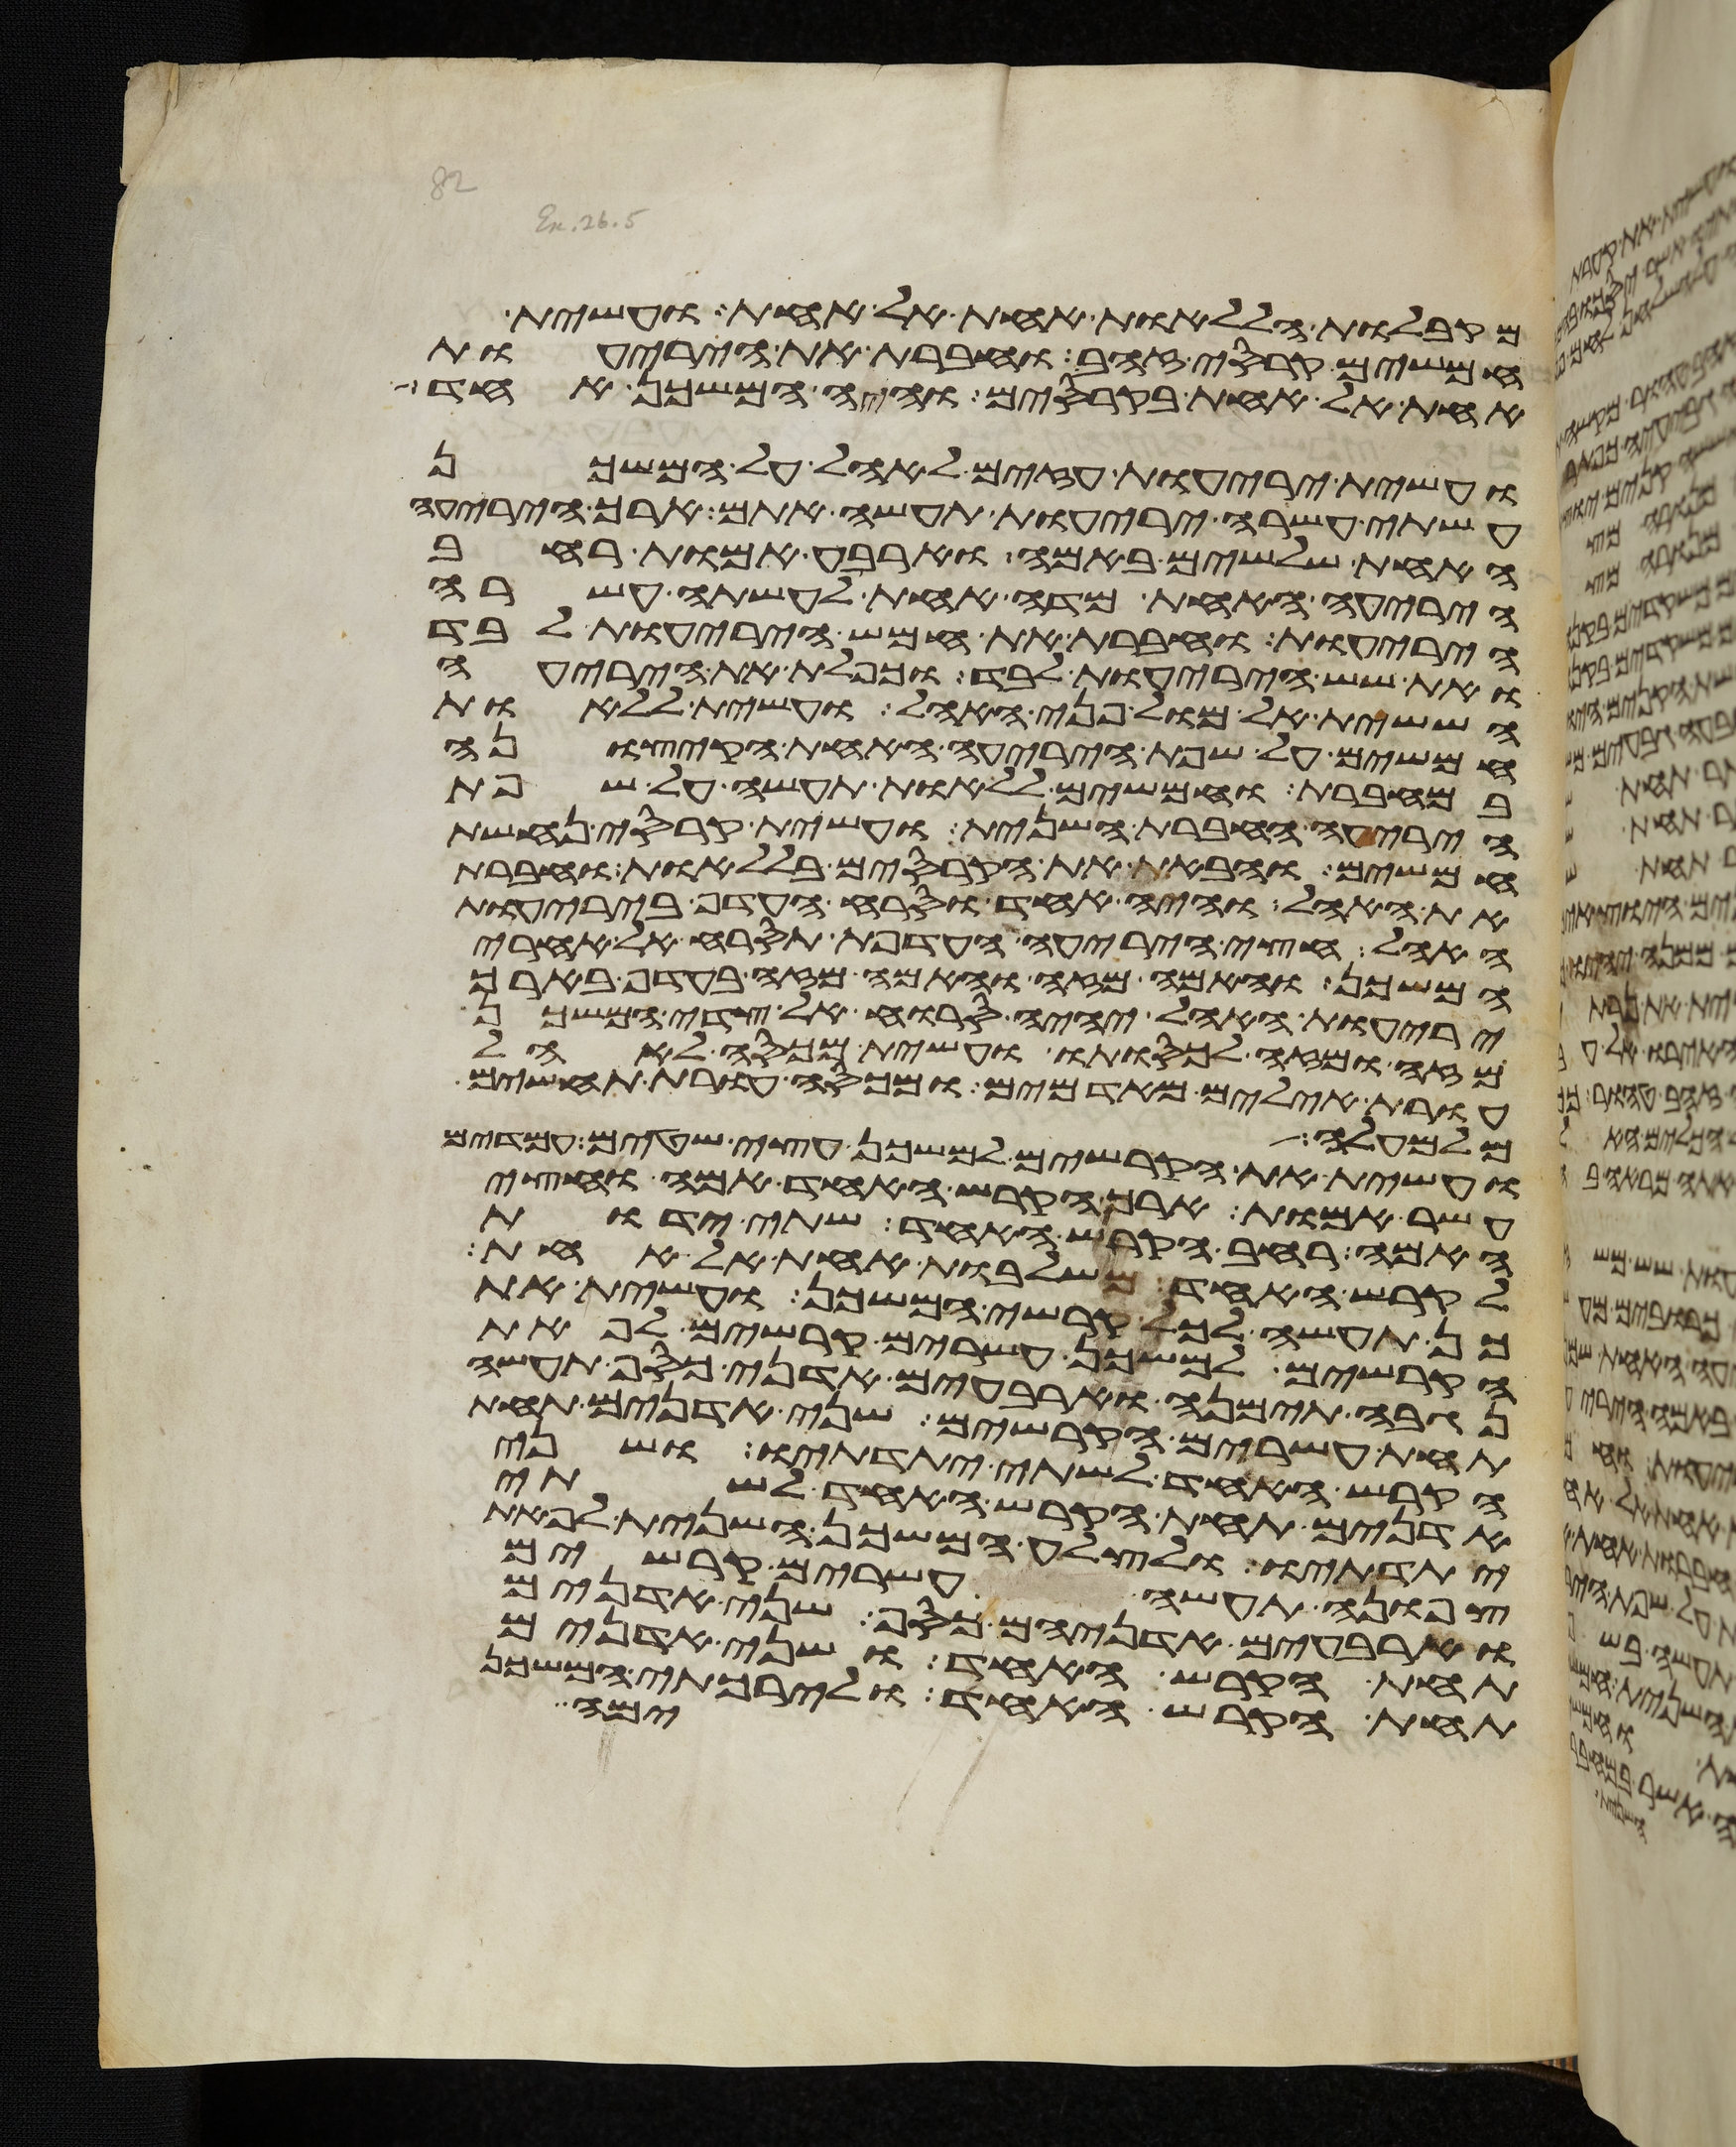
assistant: מקבלות הללאות אחת אל אחת ועשית
חמשים קרסי זהב וחברת את היריעות
אחת אל אחת בקרסים והיה המשכן אחד
ועשית יריעות עזים לאהל על המשכן
עשתה עשרה יריעות תעשה אתם ארך היריעה
האחת שלשים באמה וארבע אמות רחב
היריעה האחת מדה אחת לעשתה עשרה
היריעות וחברת את חמש היריעות לבד
ואת שש היריעות לבד וכפלת את היריעה
הששית אל מול פני האהל ועשית ללאות
חמשים על שפת היריעה האחת הקצונה
במחברת וחמשים ללאות תעשה על שפת
היריעה החברת השנית ועשית קרסי נחשת
חמשים והבאת את הקרסים בללאות וחברת
את האהל והיה אחד וסרח העדף ביריעות
האהל חצי היריעה העדפת תסרח אל אחרי
המשכן והאמה מזה והאמה מזה בעדף בארך
יריעות האהל יהיה סרוח אל צדי המשכן
מזה ומזה לכסותו ועשית מכסה לאהל
עורת אילים מאדמים ומכסה עורת תחשים
מלמעלה
ועשית את הקרשים למשכן עצי שטים עמדים
עשר אמות ארך הקרש האחד אמה וחצי
האמה רחב הקרש האחד שתי ידות
לקרש האחד משלבות אחת אל אחת
כן תעשה לכל קרשי המשכן ועשית את
הקרשים למשכן עשרים קרשים לפאת
נגבה תימנה וארבעים אדני כסף תעשה
תחת עשרים הקרשים שני אדנים תחת
הקרש האחד לשתי יתדתיו ושני
אדנים תחת הקרש האחד לשתי
יתדתיו ולצלע המשכן השנית לפאת
צפונה תעשה עשרים קרשים
וארבעים אדניהם כסף שני אדנים
תחת הקרש האחד ושני אדנים
ימה
תחת הקרש האחד ולירכתי המשכן